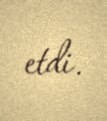
etdi.